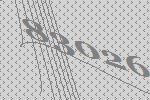
83026